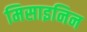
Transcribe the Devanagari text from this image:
मिसाइनिन